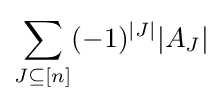
\sum _{J\subseteq [n]}(-1)^{|J|}|A_{J}|